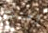
اعتنيت